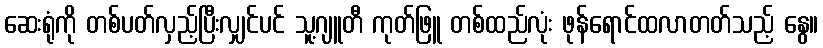
ဆေးရုံကို တစ်ပတ်လှည့်ပြီးလျှင်ပင် သူ့ဂျူတီ ကုတ်ဖြူ တစ်ထည်လုံး ဖုန်ရောင်ထလာတတ်သည့် နွေ။